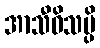
အာသီဝိသမ္ပိ